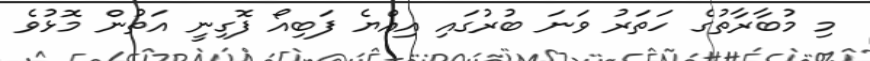
މި މުބާރާތުގެ ހަތަރު ވަނަ ބުރުގައި އިއްޔެ ފަބިއޯ ފޮގިނީ އަތުން މޮޅުވެ